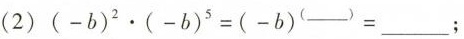
(2)$$( - b ) ^ { 2 } \cdot ( - b ) ^ { 5 } = ( - b ) ^ ( ___ ) =$$___；